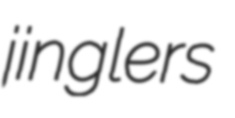
jinglers